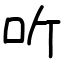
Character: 听